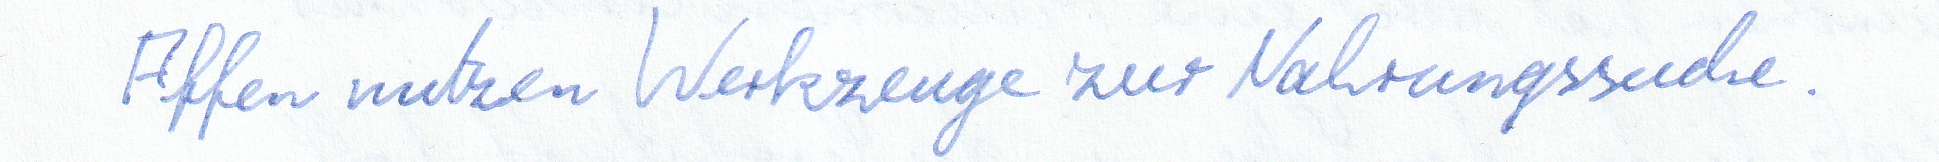
Affen nutzen Werkzeuge zur Nahrungssuche.